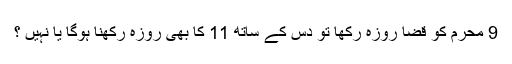
9 محرم کو قضا روزہ رکھا تو دس کے ساتھ 11 کا بھی روزہ رکھنا ہوگا یا نہیں ؟